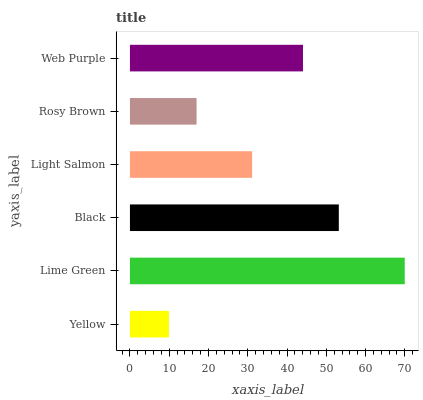
| yaxis_label | bars |
 | --- | --- |
 | Yellow | 9.93 |
 | Lime Green | 70 |
 | Black | 53.2 |
 | Light Salmon | 31.1 |
 | Rosy Brown | 17 |
 | Web Purple | 44.1 |